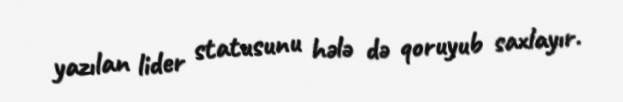
yazılan lider statusunu hələ də qoruyub saxlayır.